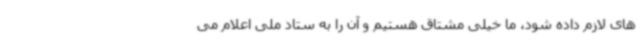
های لازم داده شود، ما خیلی مشتاق هستیم و آن را به ستاد ملی اعلام می